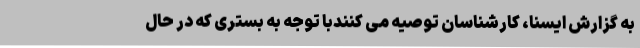
به گزارش ایسنا، کارشناسان توصیه می کنندبا توجه به بستری که در حال